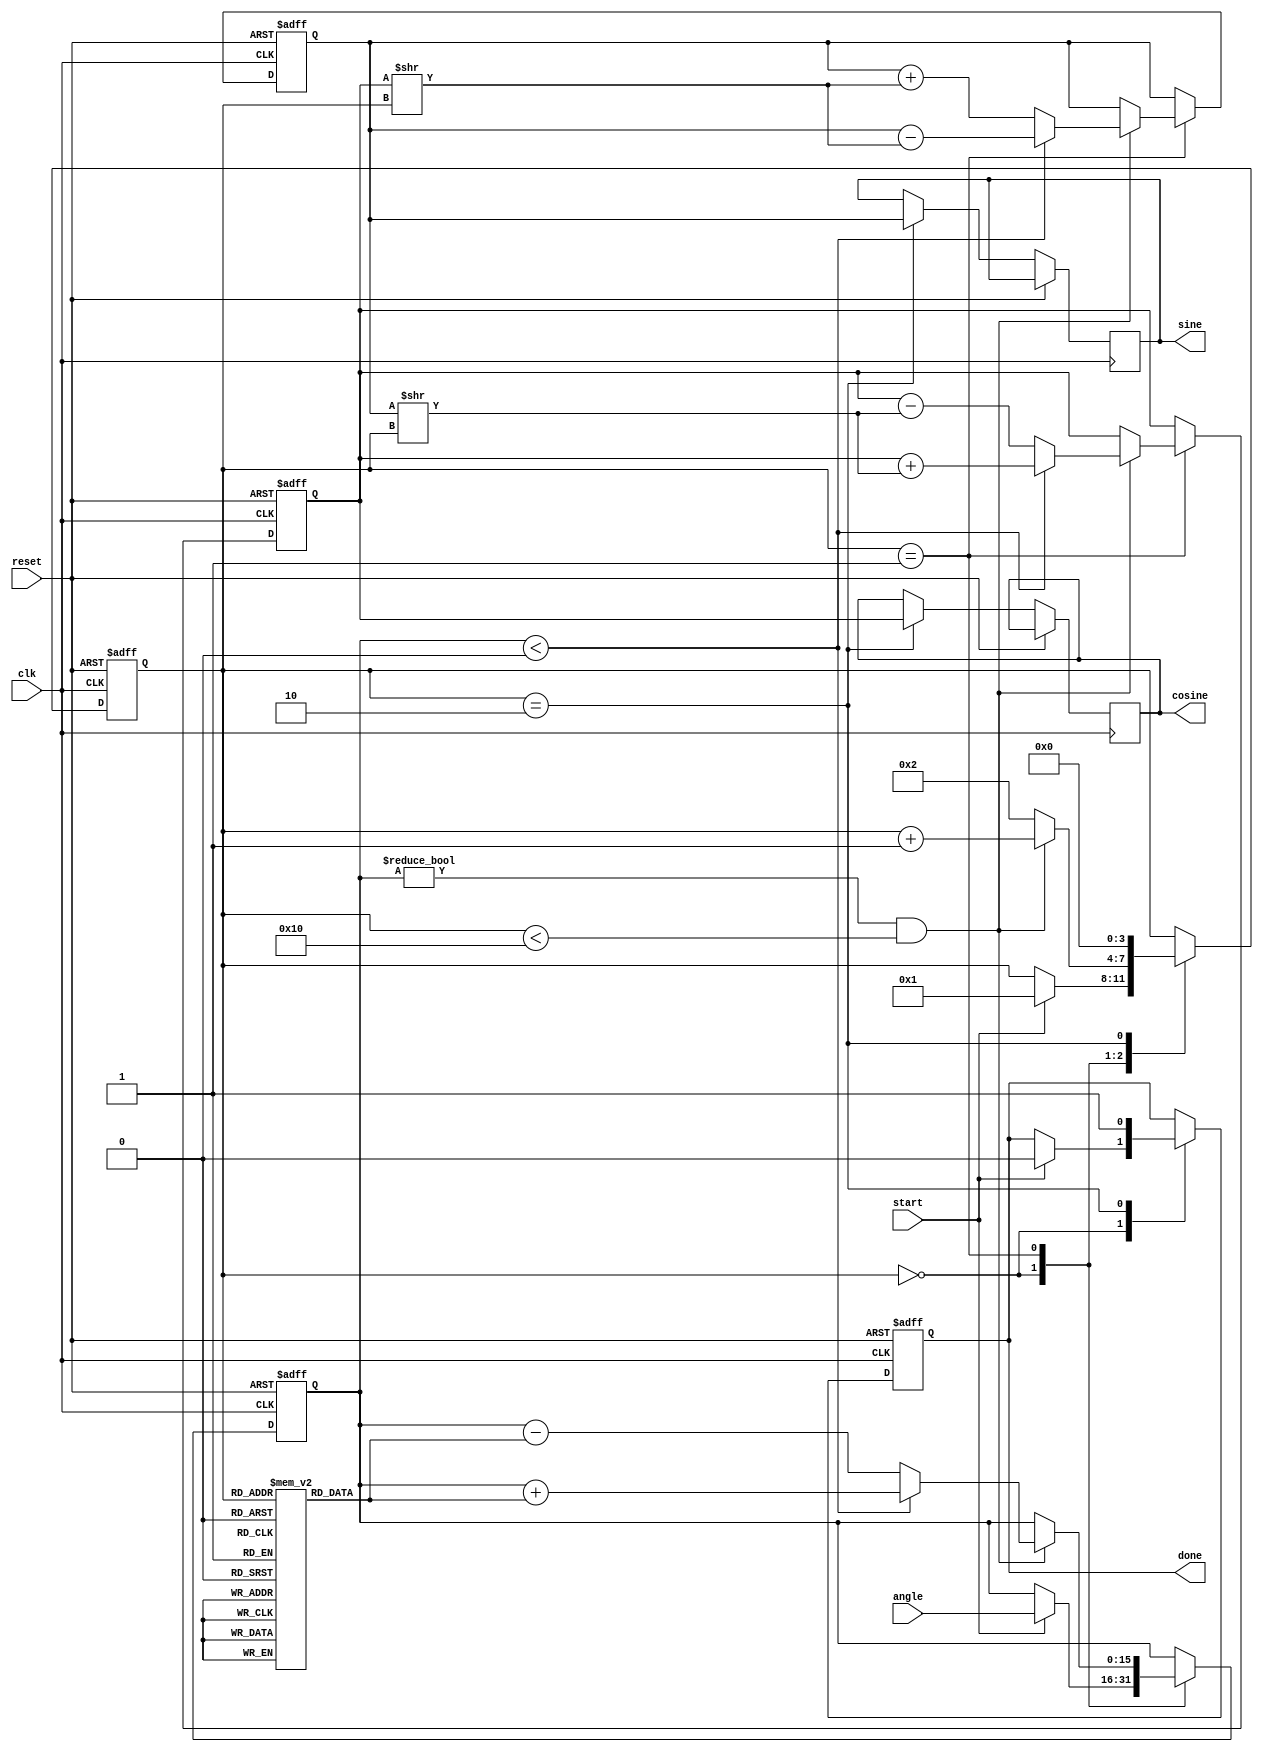
module cordic(
    input wire clk,
    input wire reset,
    input wire start,
    input wire [15:0] angle,       // Input angle in radians
    output reg [15:0] sine,         // Sine output
    output reg [15:0] cosine,       // Cosine output
    output reg done
);

parameter NUM_ITERATIONS = 16;    // Number of iterations for CORDIC
reg [15:0] x, y, z;                // x, y, and angle (z) values
reg [15:0] angle_lut [0:NUM_ITERATIONS-1]; // Pre-computed LUT for arctangent values
reg [3:0] state;                   // State variable for control logic

// Initialize LUT with pre-computed arctangent values (in fixed point)
initial begin
    angle_lut[0] = 16'h3243; // atan(1) = pi/4
    angle_lut[1] = 16'h1DAC; // atan(0.5) = pi/6
    angle_lut[2] = 16'h0D8E; // atan(0.25) = pi/12
    // Add more pre-computed values as needed ...
end

// State machine for control logic
always @(posedge clk or posedge reset) begin
    if (reset) begin
        state <= 0;
        done <= 0;
        x <= 16'h4000; // Initial x = 1.0 in fixed point
        y <= 0;        // Initial y = 0.0
        z <= 0;        // Initial angle
    end else begin
        case (state)
            0: begin
                if (start) begin
                    z <= angle;       // Load input angle
                    done <= 0;
                    state <= 1;
                end
            end
            1: begin
                // CORDIC iterations
                if (z != 0 && state < NUM_ITERATIONS) begin
                    if (z < 0) begin
                        // Counterclockwise rotation
                        x <= x + (y >> state);
                        y <= y - (x >> state);
                        z <= z + angle_lut[state];
                    end else begin
                        // Clockwise rotation
                        x <= x - (y >> state);
                        y <= y + (x >> state);
                        z <= z - angle_lut[state];
                    end
                    state <= state + 1;
                end else begin
                    // Finished iterations
                    state <= 2;
                end
            end
            2: begin
                // Scaling factor adjustment (K = 0.6072529350088812561694)
                sine <= y;               // Store sine result
                cosine <= x;             // Store cosine result
                done <= 1;               // Indicate finished
                state <= 0;              // Reset state for next operation
            end
        endcase
    end
end

endmodule